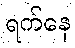
ရက်နေ